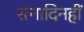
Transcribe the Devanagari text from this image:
रत्नादिनहीं